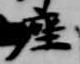
座